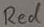
Text: Red